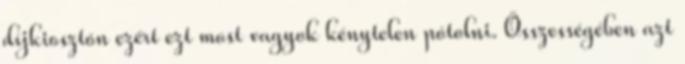
díjkiosztón ezért ezt most vagyok kénytelen pótolni. Összességében azt